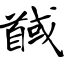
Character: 馘